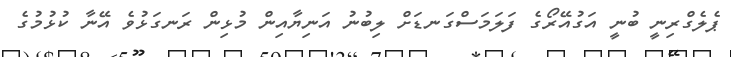
ޕެލެގްރިނީ ބުނީ އަގުއޭރޯގެ ފަލަމަސްގަނޑަށް ލިބުނު އަނިޔާއިން މުޅިން ރަނގަޅުވެ އޭނާ ކުޅުމުގެ